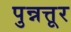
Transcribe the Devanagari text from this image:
पुन्नत्तूर